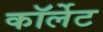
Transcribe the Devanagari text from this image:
कॉर्लेट